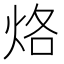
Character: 烙